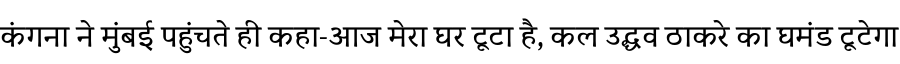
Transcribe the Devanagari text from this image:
कंगना ने मुंबई पहुंचते ही कहा-आज मेरा घर टूटा है, कल उद्धव ठाकरे का घमंड टूटेगा